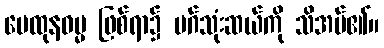
မေထုနဓမ္မ ဖြစ်ရာ၌ မဂ်သုံးဆယ်ကို သိအပ်၏။